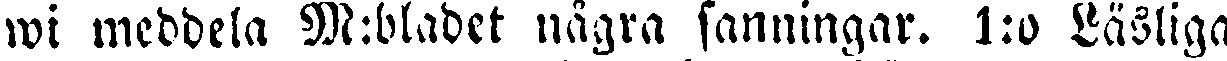
wi meddela M:bladet några sanningar. 1:o Läsliga